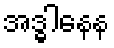
အဒ္ဓါနေန